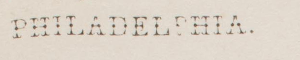
PHILADELPHIA.